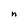
Character: n